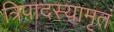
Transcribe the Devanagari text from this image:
त्रिपादस्यामृतं